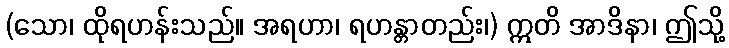
(သော၊ ထိုရဟန်းသည်။ အရဟာ၊ ရဟန္တာတည်း၊) ဣတိ အာဒိနာ၊ ဤသို့